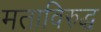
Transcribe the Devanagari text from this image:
मताविरुद्ध